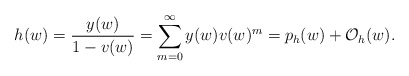
\begin{align*} h(w)=\frac{y(w)}{1-v(w)}=\sum_{m=0}^\infty y(w)v(w)^m=p_h(w)+{\cal O}_h(w).\end{align*}